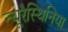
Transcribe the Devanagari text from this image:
न्यूरैस्थिनिया